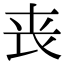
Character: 丧